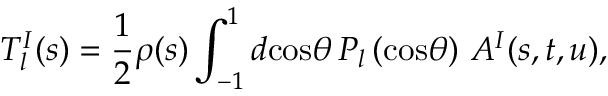
T _ { l } ^ { I } ( s ) = \frac { 1 } { 2 } \rho ( s ) \int _ { - 1 } ^ { 1 } d \mathrm { c o s } \theta \, P _ { l } \left( \mathrm { c o s } \theta \right) \, A ^ { I } ( s , t , u ) ,